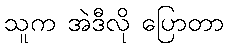
သူက အဲဒီလို ပြောတာ